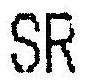
SR